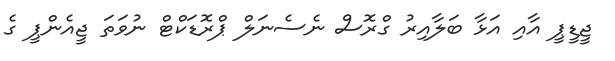
ޖީޑީޕީ އާއި އަޅާ ބަލާއިރު ގްރޮސް ނެސެނަލް ޕްރޮޑަކްޓް ނުވަތަ ޖީއެންޕީ ގެ